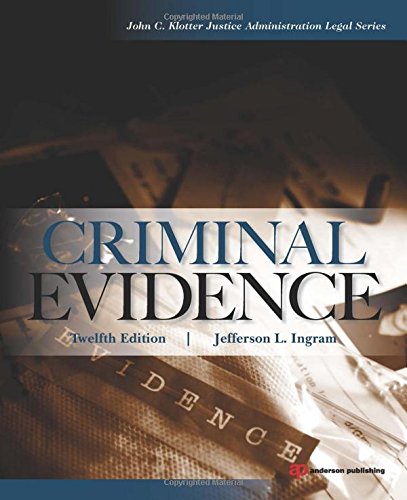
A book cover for Criminal Evidence; Jefferson L. Ingram; Law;